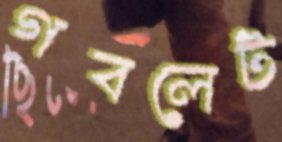
গবলেট